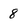
Character: 8